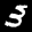
Label: 3